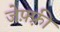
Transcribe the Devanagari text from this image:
जेफ़्फ़्री